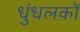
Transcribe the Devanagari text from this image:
धुंधलकों